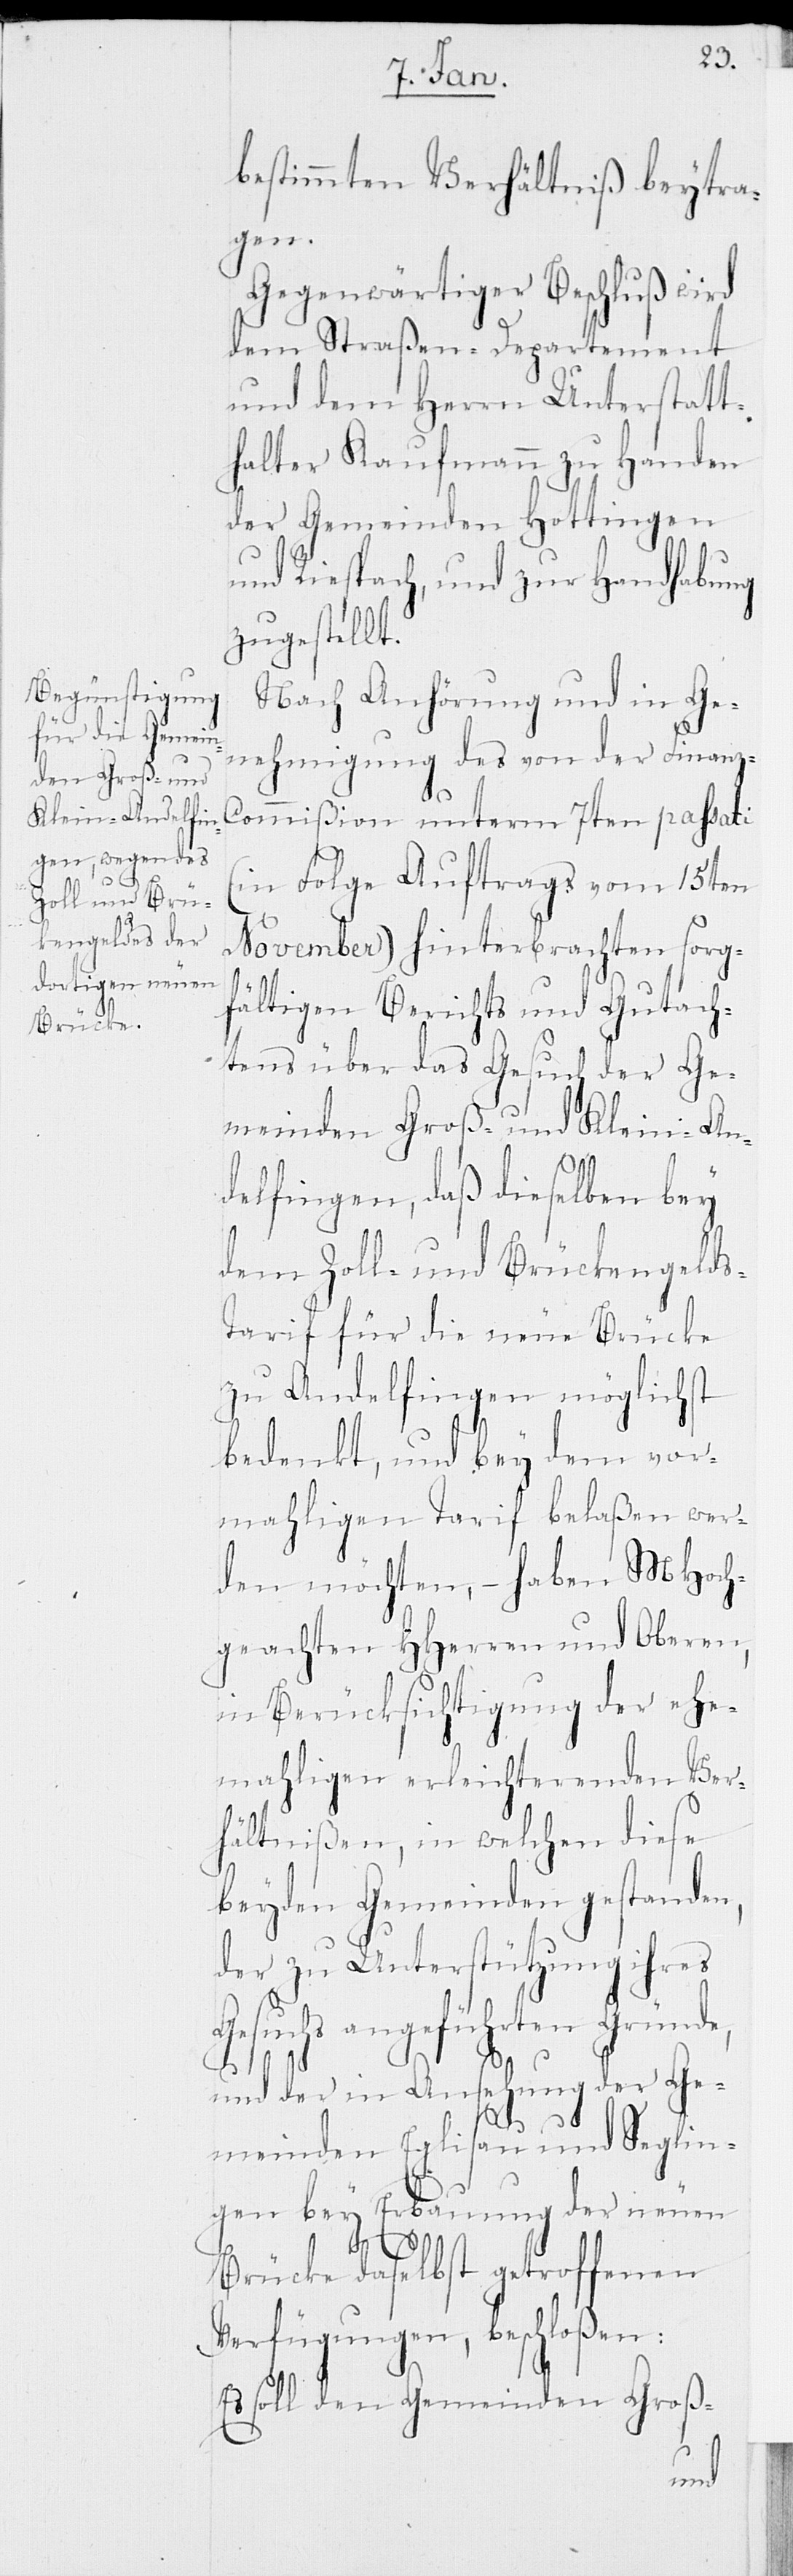
bestimmten Verhältniß beytra¬
gen.
Gegenwärtiger Beschluß wird
dem Straßen-Departement
und dem Herrn Unterstatt¬
halter Kaufmann zu Handen
der Gemeinden Hottingen
und Riespach, und zur Handhabung
zugestellt.
Nach Anhörung und in Ge¬
nehmigung des von der Finanz-C¬
ommißion unterm 7ten passati
(in Folge Auftrags vom 15ten
November) hinterbrachten sorg¬
fältigen Berichts und Gutach¬
tens über das Gesuch der Ge¬
meinden Groß- und Klein-An¬
delfingen, daß dieselben bey
dem Zoll- und Brückengeld¬
arif für die neue Brücke
zu Andelfingen möglichst
bedenkt, und bey dem vor¬
mahligen Tarif belaßen wer¬
den möchten, – haben MHoch¬
geachten HHerren und Oberen,
in Berücksichtigung der ehe¬
mahligen erleichterenden Ver¬
hältnißen, in welchen diese
beyden Gemeinden gestanden,
der zu Unterstützung ihres
Gesuchs angeführten Gründe,
und der in Ansehung der Ge¬
meinden Eglisau und Seglin¬
gen bey Erbauung der neuen
s-T¬
Brücke daselbst getroffenen
Verfügungen, beschloßen:
Es soll den Gemeinden Groß-